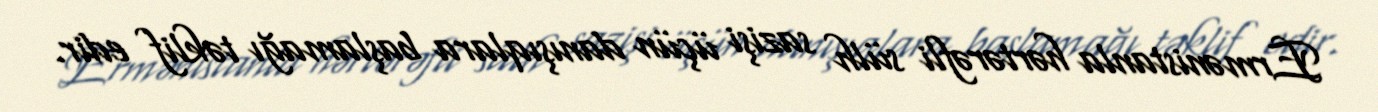
Ermənistanla hərtərəfli sülh sazişi üçün danışıqlara başlamağı təklif edir.